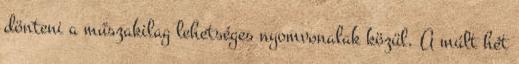
dönteni a műszakilag lehetséges nyomvonalak közül. A múlt hét